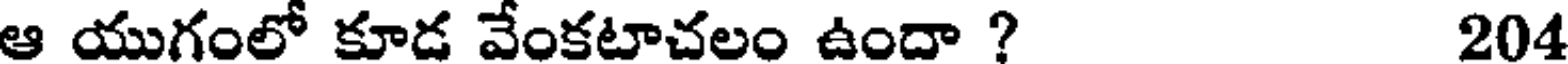
ఆ యుగంలో కూడ వేంకటాచలం ఉందా ? 204